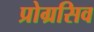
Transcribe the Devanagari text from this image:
प्रोग्रसिव